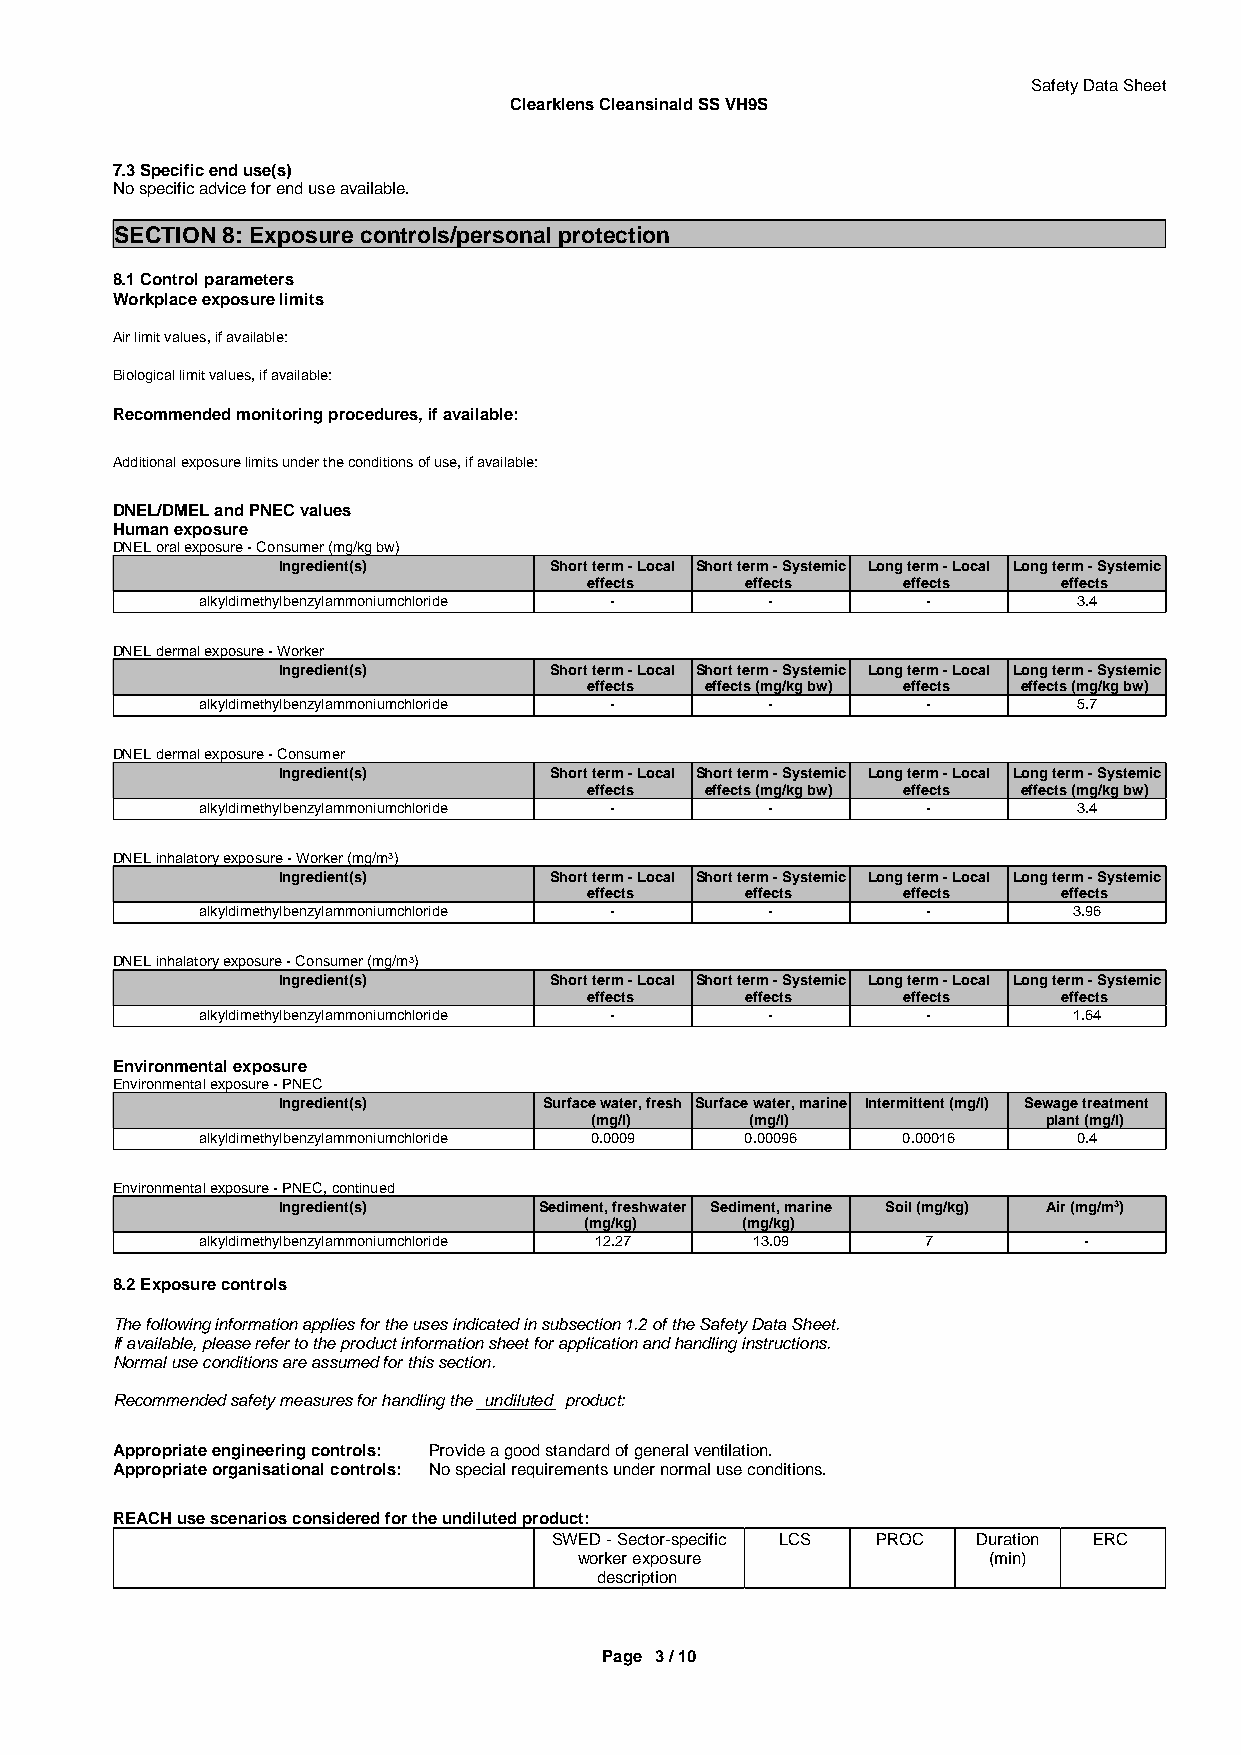
Safety Data Sheet
 Clearklens Cleansinald SS VH9S
 7.3 Specific end use(s)
 No specific advice for end use available.
 SECTION 8: Exposure controls/personal protection
 8.1 Control parameters
 Workplace exposure limits
 Air limit values, if available:
 Biological limit values, if available:
 Recommended monitoring procedures, if available:
 Additional exposure limits under the conditions of use, if available:
 DNEL/DMEL and PNEC values
 Human exposure
 DNEL oral exposure - Consumer (mg/kg bw)
 Ingredient(s)     Short term - Local Short term - Systemic Long term - Local Long term - Systemic
 effects   effects    effects   effects
 alkyldimethylbenzylammoniumchloride - -         -         3.4
 DNEL dermal exposure - Worker
 Ingredient(s)     Short term - Local Short term - Systemic Long term - Local Long term - Systemic
 effects effects (mg/kg bw) effects effects (mg/kg bw)
 alkyldimethylbenzylammoniumchloride - -         -         5.7
 DNEL dermal exposure - Consumer
 Ingredient(s)     Short term - Local Short term - Systemic Long term - Local Long term - Systemic
 effects effects (mg/kg bw) effects effects (mg/kg bw)
 alkyldimethylbenzylammoniumchloride - -         -         3.4
 DNEL inhalatory exposure - Worker (mg/m3)
 Ingredient(s)     Short term - Local Short term - Systemic Long term - Local Long term - Systemic
 effects   effects    effects   effects
 alkyldimethylbenzylammoniumchloride - -         -         3.96
 DNEL inhalatory exposure - Consumer (mg/m3)
 Ingredient(s)     Short term - Local Short term - Systemic Long term - Local Long term - Systemic
 effects   effects    effects   effects
 alkyldimethylbenzylammoniumchloride - -         -         1.64
 Environmental exposure
 Environmental exposure - PNEC
 Ingredient(s)     Surface water, fresh Surface water, marine Intermittent (mg/l) Sewage treatment
 (mg/l)     (mg/l)             plant (mg/l)
 alkyldimethylbenzylammoniumchloride 0.0009 0.00096 0.00016 0.4
 Environmental exposure - PNEC, continued
 Ingredient(s)     Sediment, freshwater Sediment, marine Soil (mg/kg) Air (mg/m3)
 (mg/kg)   (mg/kg)
 alkyldimethylbenzylammoniumchloride 12.27 13.09 7          -
 8.2 Exposure controls
 The following information applies for the uses indicated in subsection 1.2 of the Safety Data Sheet.
 If available, please refer to the product information sheet for application and handling instructions.
 Normal use conditions are assumed for this section.
 Recommended safety measures for handling the undiluted product:
 Appropriate engineering controls: Provide a good standard of general ventilation.
 Appropriate organisational controls: No special requirements under normal use conditions.
 REACH use scenarios considered for the undiluted product:
 SWED - Sector-specific LCS PROC Duration ERC
 worker exposure            (min)
 description
 Page 3 / 10